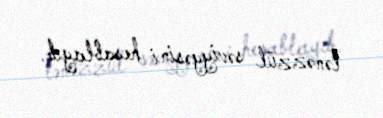
tənəzzül səviyyəsini hesablayıb.